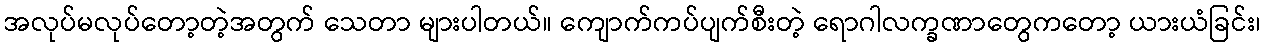
အလုပ်မလုပ်တော့တဲ့အတွက် သေတာ များပါတယ်။ ကျောက်ကပ်ပျက်စီးတဲ့ ရောဂါလက္ခဏာတွေကတော့ ယားယံခြင်း၊